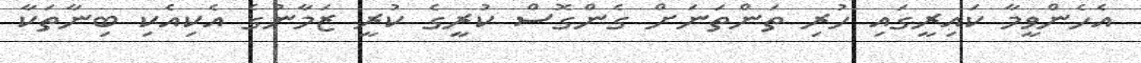
އެހެންވީމާ ކައިރީގައި ހުރި ތަންތަނަށް ގެންގޮސް ކުރީގެ ކުރީ ޒަމާނުގެ އެކިއެކި ބިނާތަކާ